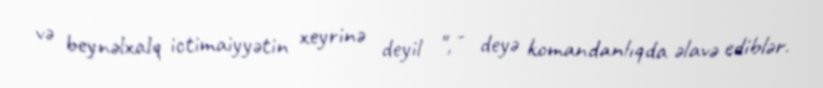
və beynəlxalq ictimaiyyətin xeyrinə deyil ", - deyə komandanlıqda əlavə ediblər.